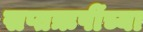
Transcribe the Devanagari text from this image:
सप्तऋषींच्या